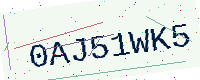
Text: 0AJ51WK5